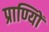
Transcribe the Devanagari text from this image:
प्राण्यिों